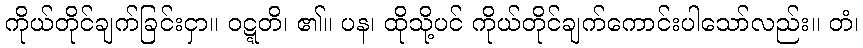
ကိုယ်တိုင်ချက်ခြင်းငှာ။ ဝဋ္ဋတိ၊ ၏။ ပန၊ ထိုသို့ပင် ကိုယ်တိုင်ချက်ကောင်းပါသော်လည်း။ တံ၊